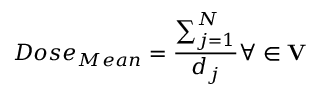
D o s e _ { M e a n } = \frac { \sum _ { j = 1 } ^ { N } } { d _ { j } } \forall \in \mathbf { V }